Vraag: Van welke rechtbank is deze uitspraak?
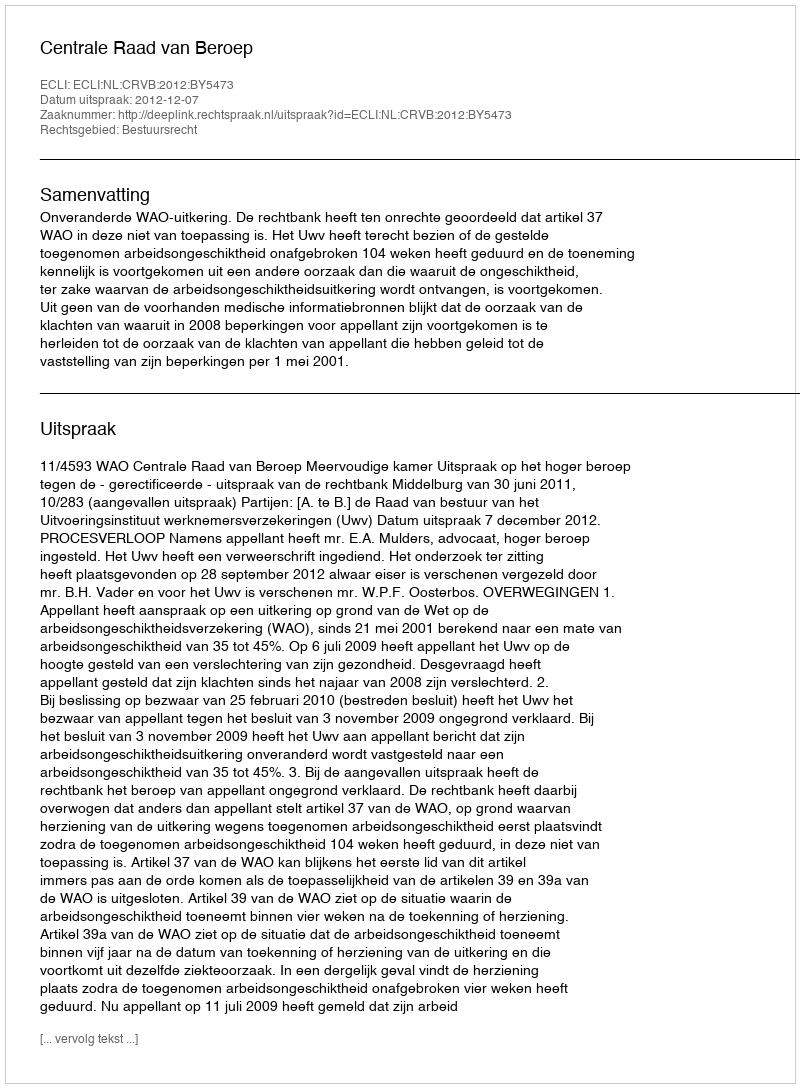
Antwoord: Centrale Raad van Beroep